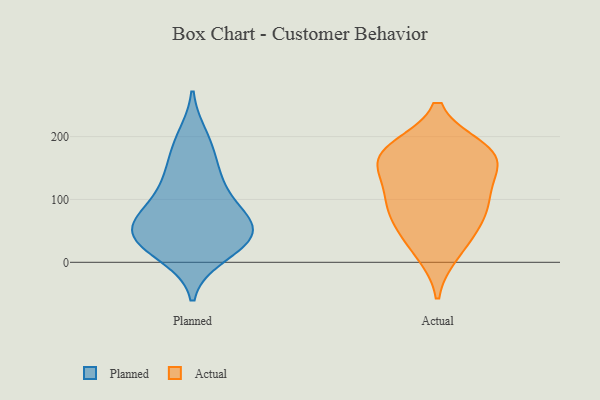
{"axis": {"x": "Conversion Rate (%)", "y": "Value"}, "legend": ["Actual", "Planned"], "data": [{"x": "", "y": 178, "type": "Planned"}, {"x": "", "y": 133, "type": "Planned"}, {"x": "", "y": 80, "type": "Planned"}, {"x": "", "y": 135, "type": "Planned"}, {"x": "", "y": 57, "type": "Planned"}, {"x": "", "y": 52, "type": "Planned"}, {"x": "", "y": 12, "type": "Planned"}, {"x": "", "y": 199, "type": "Planned"}, {"x": "", "y": 100, "type": "Planned"}, {"x": "", "y": 55, "type": "Planned"}, {"x": "", "y": 28, "type": "Planned"}, {"x": "", "y": 63, "type": "Planned"}, {"x": "", "y": 39, "type": "Planned"}, {"x": "", "y": 27, "type": "Planned"}, {"x": "", "y": 172, "type": "Actual"}, {"x": "", "y": 71, "type": "Actual"}, {"x": "", "y": 164, "type": "Actual"}, {"x": "", "y": 113, "type": "Actual"}, {"x": "", "y": 17, "type": "Actual"}, {"x": "", "y": 93, "type": "Actual"}, {"x": "", "y": 166, "type": "Actual"}, {"x": "", "y": 42, "type": "Actual"}, {"x": "", "y": 162, "type": "Actual"}, {"x": "", "y": 179, "type": "Actual"}, {"x": "", "y": 93, "type": "Actual"}]}